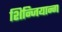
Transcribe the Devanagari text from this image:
शिन्जियान्ग